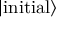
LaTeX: | \mathrm { i n i t i a l } \rangle